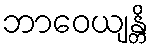
ဘာဝေယျန္တိ